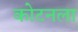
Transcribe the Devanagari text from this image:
कोटनला